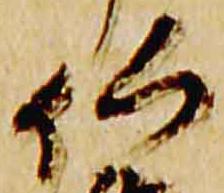
仏